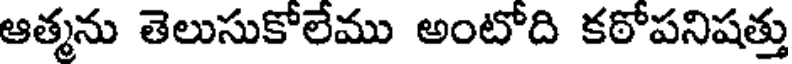
ఆత్మను తెలుసుకోలేము అంటోది కఠోపనిషత్తు